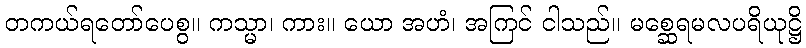
တကယ်ရတော်ပေစွ။ ကသ္မာ၊ ကား။ ယော အဟံ၊ အကြင် ငါသည်။ မစ္ဆေရမလပရိယုဋ္ဌိ